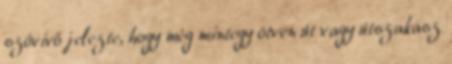
szóvivő jelezte, hogy még mintegy ötven út vagy útszakasz